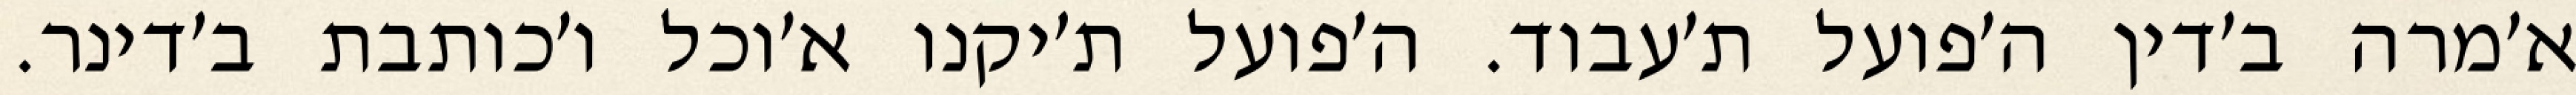
א׳מרה ב׳דין ה׳פועל ת׳עבוד. ה׳פועל ת׳יקנו א׳וכל ו׳כותבת ב׳דינר.